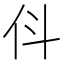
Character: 𬽫